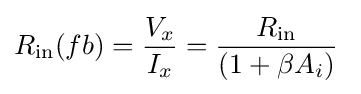
R_{\mathrm {in} }(fb)={\frac {V_{x}}{I_{x}}}={\frac {R_{\mathrm {in} }}{\left(1+\beta A_{i}\right)}}\